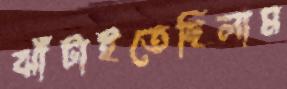
ঝাঁটাইতেছিলাম